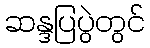
ဆန္ဒပြပွဲတွင်